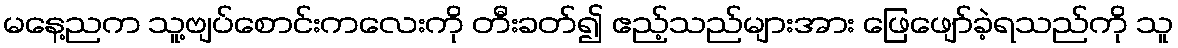
မနေ့ညက သူ့ဗျပ်စောင်းကလေးကို တီးခတ်၍ ဧည့်သည်များအား ဖြေဖျော်ခဲ့ရသည်ကို သူ